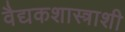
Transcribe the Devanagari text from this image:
वैद्यकशास्त्राशी